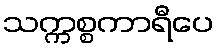
သက္ကစ္စကာရီပေ